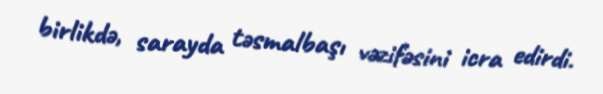
birlikdə, sarayda təsmalbaşı vəzifəsini icra edirdi.